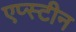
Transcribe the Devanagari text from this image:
एप्स्टीन